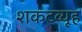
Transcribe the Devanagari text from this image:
शकटव्यूह